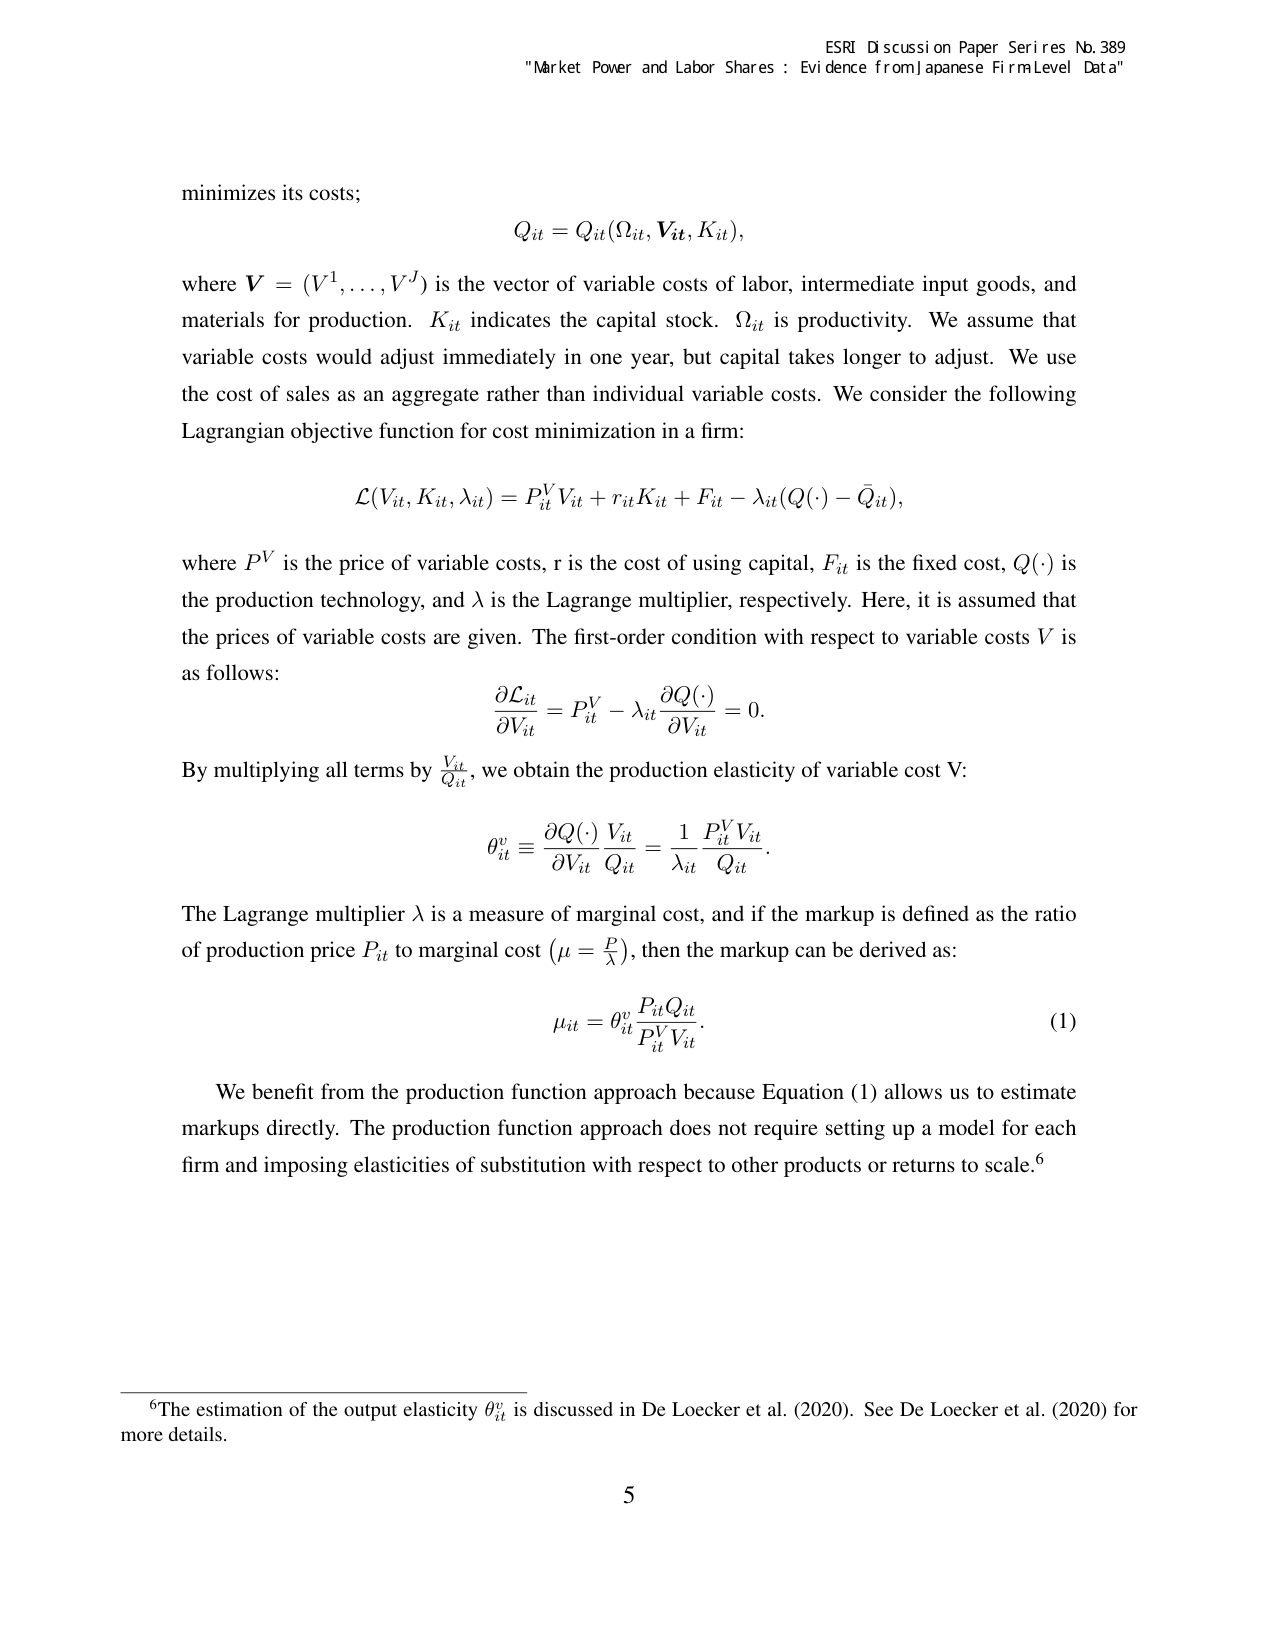
ESRI Discussion Paper Series No. 389
"Market Power and Labor Shares: Evidence from Japanese Firm Level Data"

minimizes its costs;
Q_it = Q_it(Ω_it, V_it, K_it),

where V = (V^1,..., V^J) is the vector of variable costs of labor, intermediate input goods, and materials for production. K_it indicates the capital stock. Ω_it is productivity. We assume that variable costs would adjust immediately in one year, but capital takes longer to adjust. We use the cost of sales as an aggregate rather than individual variable costs. We consider the following Lagrangian objective function for cost minimization in a firm:

L(V_it, K_it, λ_it) = P_it^V V_it + r_it K_it + F_it - λ_it (Q(·) - Q̄_it),

where P^V is the price of variable costs, r is the cost of using capital, F_it is the fixed cost, Q(·) is the production technology, and λ is the Lagrange multiplier, respectively. Here, it is assumed that the prices of variable costs are given. The first-order condition with respect to variable costs V is as follows:

∂L_it / ∂V_it = P_it^V - λ_it ∂Q(·) / ∂V_it = 0.

By multiplying all terms by V_it / Q_it, we obtain the production elasticity of variable cost V:

θ_it^v ≡ (∂Q(·) / ∂V_it) * (V_it / Q_it) = (1 / λ_it) * (P_it^V V_it / Q_it).

The Lagrange multiplier λ is a measure of marginal cost, and if the markup is defined as the ratio of production price P_it to marginal cost (μ = P / λ), then the markup can be derived as:

μ_it = θ_it^v * (P_it Q_it) / (P_it^V V_it).  (1)

We benefit from the production function approach because Equation (1) allows us to estimate markups directly. The production function approach does not require setting up a model for each firm and imposing elasticities of substitution with respect to other products or returns to scale.⁶

⁶The estimation of the output elasticity θ_it^v is discussed in De Loecker et al. (2020). See De Loecker et al. (2020) for more details.

5